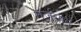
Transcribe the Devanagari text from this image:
गर्जमान